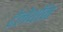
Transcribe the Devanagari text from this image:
टेलेथॉन